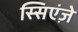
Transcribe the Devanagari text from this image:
स्सिएंज़े